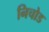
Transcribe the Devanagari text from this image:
निचोड